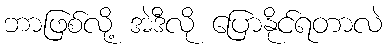
ဘာဖြစ်လို့ အဲဒီလို ပြောနိုင်ရတာလဲ